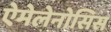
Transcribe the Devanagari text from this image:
ऐमेलेनोसिस